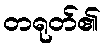
တရုတ်၏